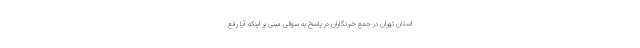
استان تهران در جمع خبرنگاران در پاسخ به سوالی مبنی بر اینکه آیا رفع